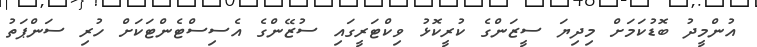
އުންމީދު ބޮޑުކަމަށް މިދިޔަ ސީޒަންގެ ކުރީކޮޅު ވިކްޓަރީގައި ސުޒޭންގެ އެސިސްޓެންޓަކަށް ހުރި ސަންޕަތު